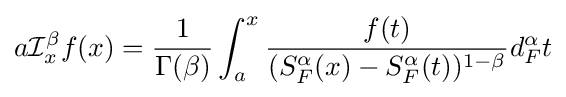
{a}{\mathcal {I}}_{x}^{\beta }f(x)={\frac {1}{\Gamma (\beta )}}\int _{a}^{x}{\frac {f(t)}{(S_{F}^{\alpha }(x)-S_{F}^{\alpha }(t))^{1-\beta }}}d_{F}^{\alpha }t